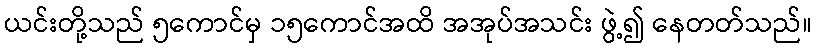
ယင်းတို့သည် ၅ကောင်မှ ၁၅ကောင်အထိ အအုပ်အသင်း ဖွဲ့၍ နေတတ်သည်။